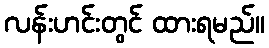
လန်းဟင်းတွင် ထားရမည်။